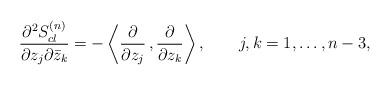
LaTeX: \begin{align*}{\partial^2 S^{(n)}_{cl} \over \partial z_j\partial {\bar z_k}}=-\left \langle {\partial\over \partial z_j}\,,{\partial\over \partial z_k}\right \rangle ,\qquad j,k=1,\ldots,n-3,\end{align*}